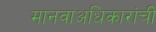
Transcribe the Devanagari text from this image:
मानवाअधिकारांची